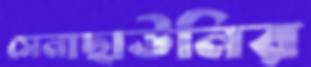
সেনাছাউনির